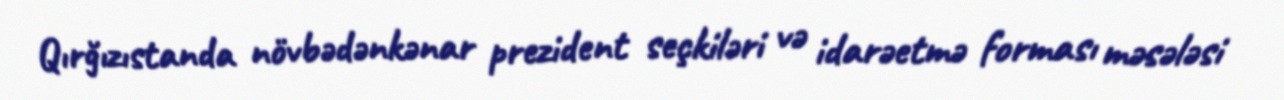
Qırğızıstanda növbədənkənar prezident seçkiləri və idarəetmə forması məsələsi